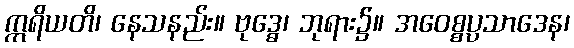
ဣရိယတိ၊ နေသနည်း။ ဗုဒ္ဓေ၊ ဘုရား၌။ အဝေစ္စပ္ပသာဒေန၊